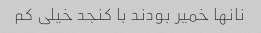
نانها خمیر بودند با کنجد خیلی کم